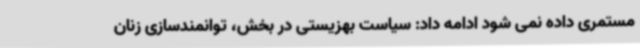
مستمری داده نمی شود ادامه داد: سیاست بهزیستی در بخش، توانمندسازی زنان